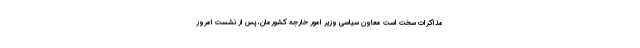
مذاکرات سخت است معاون سیاسی وزیر امور خارجه کشورمان، پس از نشست امروز